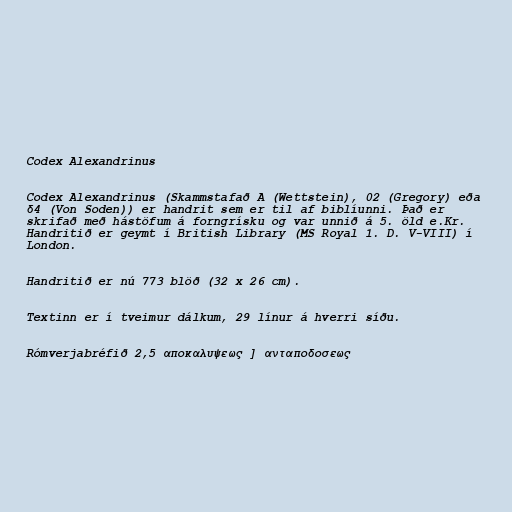
Codex Alexandrinus

Codex Alexandrinus (Skammstafað A (Wettstein), 02 (Gregory) eða
δ4 (Von Soden)) er handrit sem er til af biblíunni. Það er
skrifað með hástöfum á forngrísku og var unnið á 5. öld e.Kr.
Handritið er geymt í British Library (MS Royal 1. D. V-VIII) í
London.

Handritið er nú 773 blöð (32 x 26 cm).

Textinn er í tveimur dálkum, 29 línur á hverri síðu.

Rómverjabréfið 2,5 αποκαλυψεως ] ανταποδοσεως